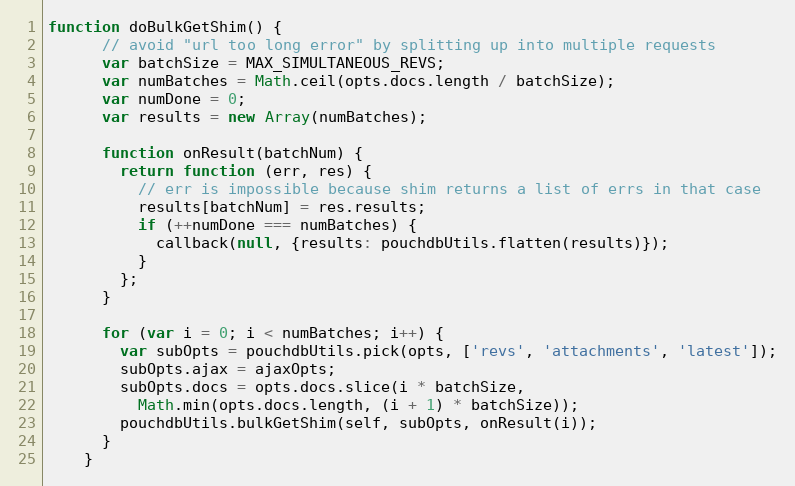
Language: JavaScript
function doBulkGetShim() {
      // avoid "url too long error" by splitting up into multiple requests
      var batchSize = MAX_SIMULTANEOUS_REVS;
      var numBatches = Math.ceil(opts.docs.length / batchSize);
      var numDone = 0;
      var results = new Array(numBatches);

      function onResult(batchNum) {
        return function (err, res) {
          // err is impossible because shim returns a list of errs in that case
          results[batchNum] = res.results;
          if (++numDone === numBatches) {
            callback(null, {results: pouchdbUtils.flatten(results)});
          }
        };
      }

      for (var i = 0; i < numBatches; i++) {
        var subOpts = pouchdbUtils.pick(opts, ['revs', 'attachments', 'latest']);
        subOpts.ajax = ajaxOpts;
        subOpts.docs = opts.docs.slice(i * batchSize,
          Math.min(opts.docs.length, (i + 1) * batchSize));
        pouchdbUtils.bulkGetShim(self, subOpts, onResult(i));
      }
    }